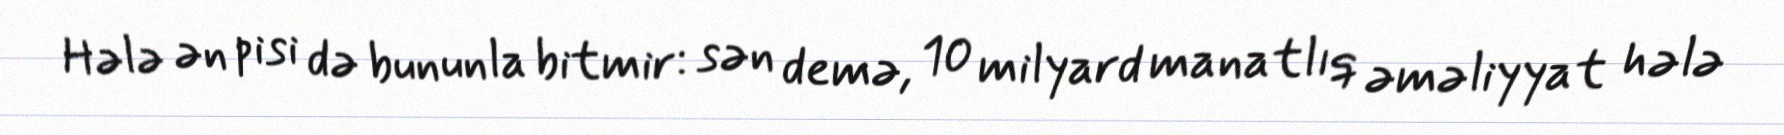
Hələ ən pisi də bununla bitmir: sən demə, 10 milyard manatlıq əməliyyat hələ